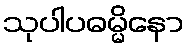
သုပါပဓမ္မိနော